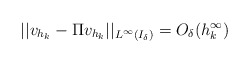
\begin{align*} ||v_{h_k} - \Pi v_{h_k}||_{L^\infty(I_\delta)} = O_\delta(h_k^\infty)\end{align*}